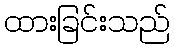
ထားခြင်းသည်